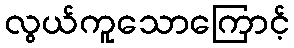
လွယ်ကူသောကြောင့်